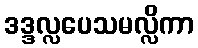
ဒဒ္ဒလ္လပေသမလ္လိကာ